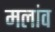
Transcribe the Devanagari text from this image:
मलांव